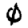
Digit: 0